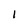
Character: 1